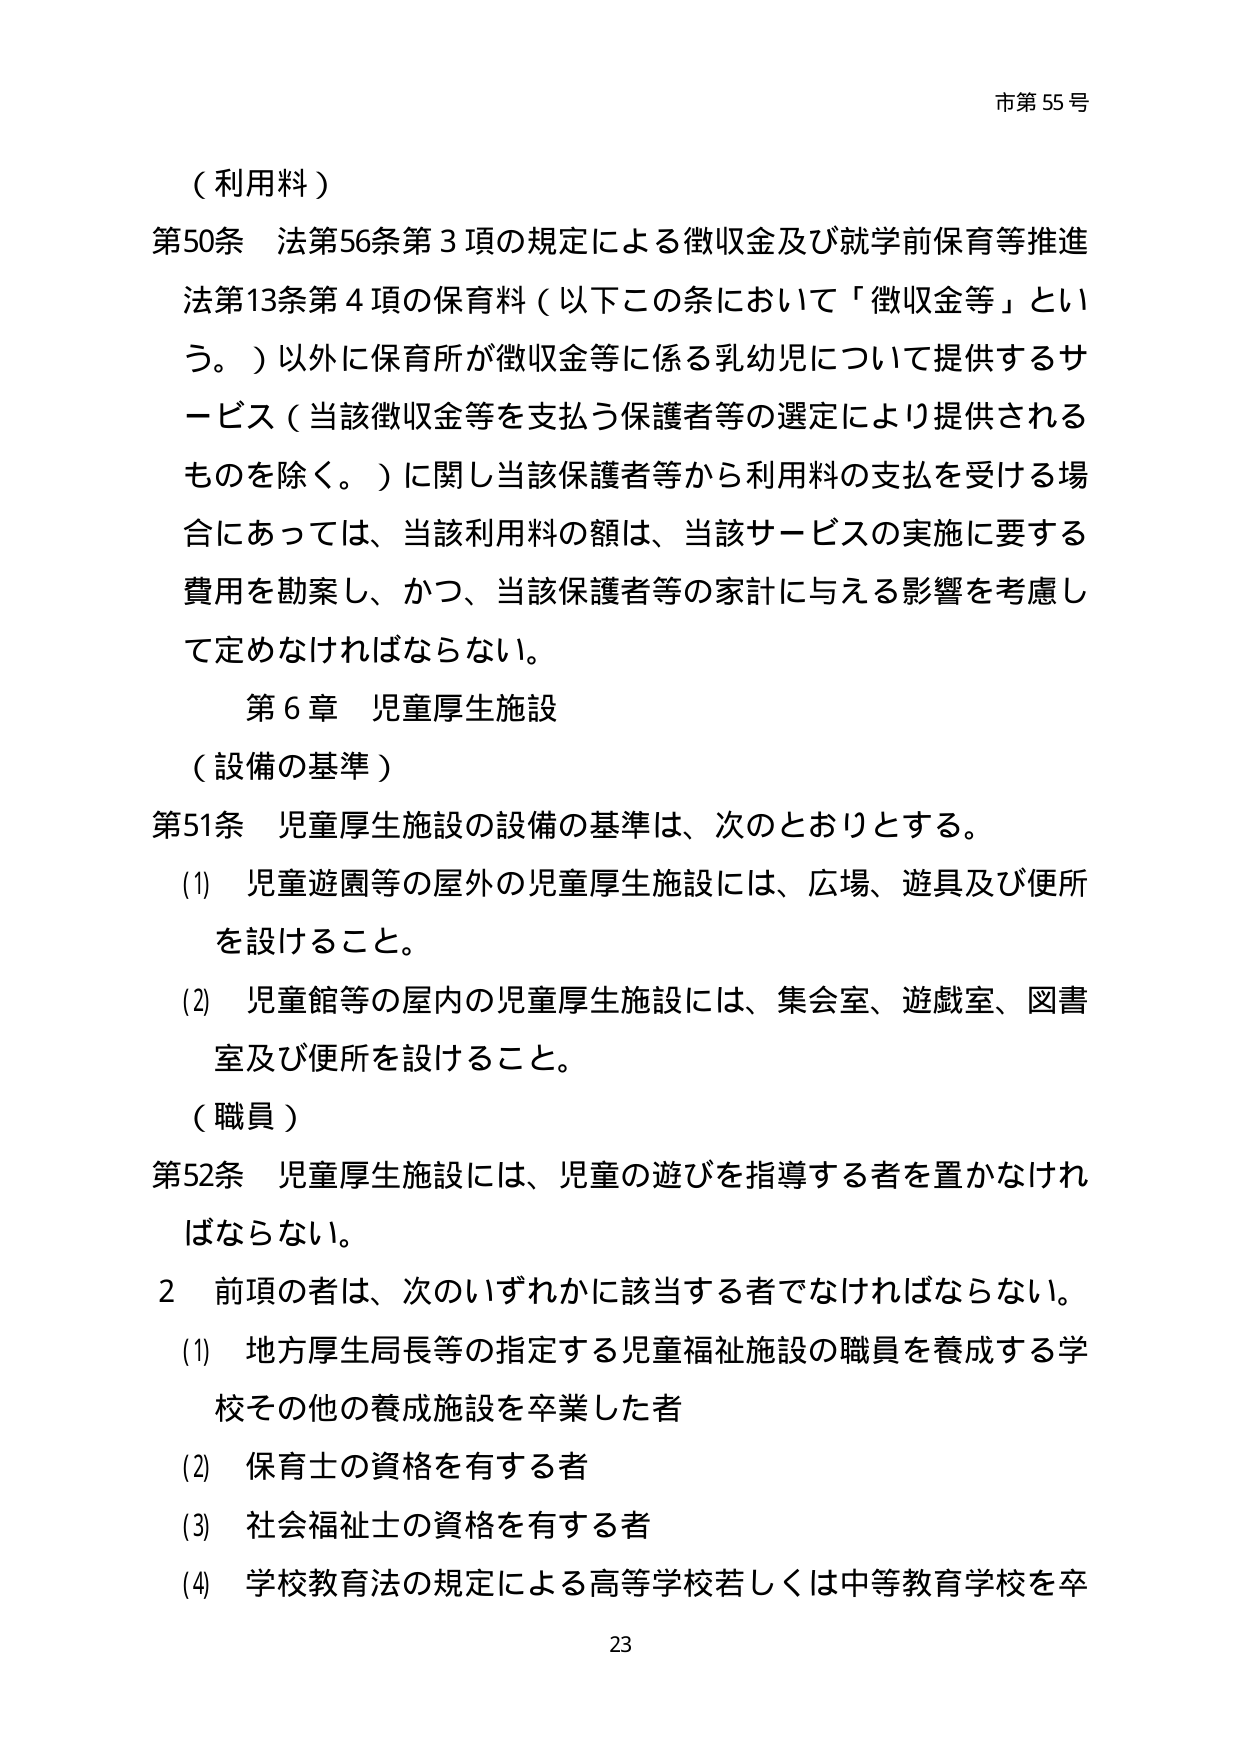
市第55号

（利用料）

第50条 法第56条第3項の規定による徴収金及び就学前保育等推進法第13条第4項の保育料（以下この条において「徴収金等」という。）以外に保育所が徴収金等に係る乳幼児について提供するサービス（当該徴収金等を支払う保護者等の選定により提供されるものを除く。）に関し当該保護者等から利用料の支払を受ける場合にあっては、当該利用料の額は、当該サービスの実施に要する費用を勘案し、かつ、当該保護者等の家計に与える影響を考慮して定めなければならない。

第6章 児童厚生施設

（設備の基準）

第51条 児童厚生施設の設備の基準は、次のとおりとする。

(1) 児童遊園等の屋外の児童厚生施設には、広場、遊具及び便所を設けること。

(2) 児童館等の屋内の児童厚生施設には、集会室、遊戯室、図書室及び便所を設けること。

（職員）

第52条 児童厚生施設には、児童の遊びを指導する者を置かなければならない。

2 前項の者は、次のいずれかに該当する者でなければならない。

(1) 地方厚生局長等の指定する児童福祉施設の職員を養成する学校その他の養成施設を卒業した者

(2) 保育士の資格を有する者

(3) 社会福祉士の資格を有する者

(4) 学校教育法の規定による高等学校若しくは中等教育学校を卒

23